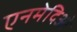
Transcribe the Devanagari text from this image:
एनमेदिओ